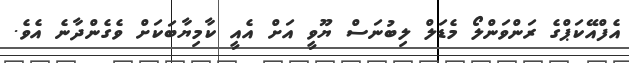
އެފްއޭކަޕްގެ ރަންވަންލޯ މެޑަލް ލިބުނަސް ޔޫވީ އަށް އެއީ ކާމިޔާބަކަށް ވެގެންދާނެ އެވެ.